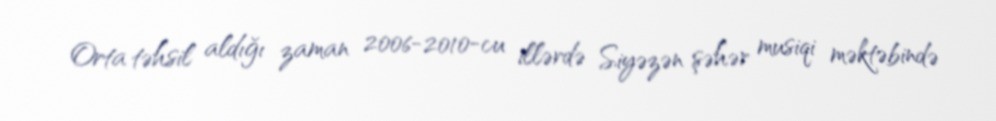
Orta təhsil aldığı zaman 2006-2010-cu illərdə Siyəzən şəhər musiqi məktəbində